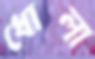
ধোলা